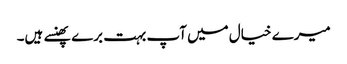
میرے خیال میں آپ بہت برے پھنسے ہیں۔